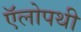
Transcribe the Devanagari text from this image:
ऍलोपथी